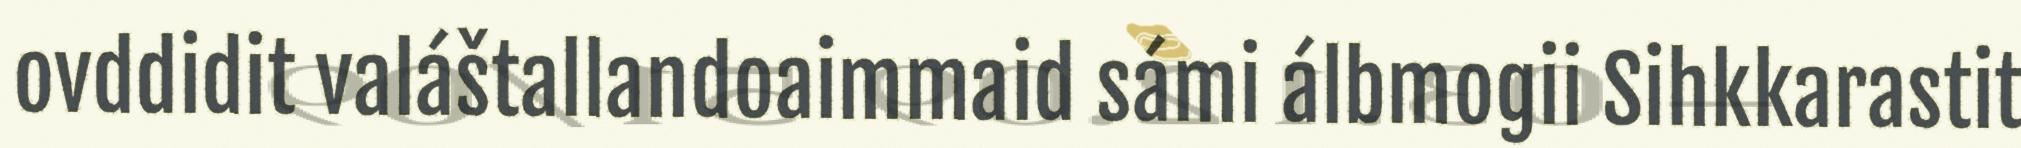
ovddidit valáštallandoaimmaid sámi álbmogii Sihkkarastit